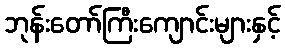
ဘုန်းတော်ကြီးကျောင်းများနှင့်